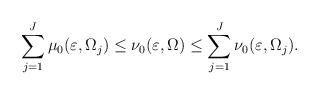
LaTeX: \begin{align*}\sum\limits_{j=1}^J \mu_0(\varepsilon, \Omega_j)\leq\nu_0(\varepsilon, \Omega)\leq \sum\limits_{j=1}^J \nu_0(\varepsilon, \Omega_j).\end{align*}